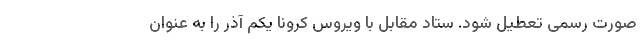
صورت رسمی تعطیل شود. ستاد مقابل با ویروس کرونا یکم آذر را به عنوان